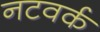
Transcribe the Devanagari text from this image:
नटवर्क